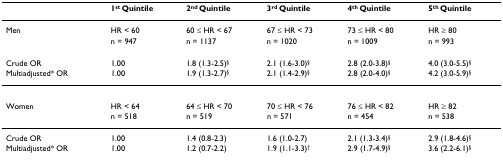
|  | 1st Quintile | 2nd Quintile | 3rd Quintile | 4th Quintile | 5th Quintile |
 | --- | --- | --- | --- | --- | --- |
 | Men | HR < 60 | 60 ≤ HR < 67 | 67 ≤ HR < 73 | 73 ≤ HR < 80 | HR ≥ 80 |
 |  | n = 947 | n = 1137 | n = 1020 | n = 1009 | n = 993 |
 | Crude OR | 1.00 | 1.8 (1.3-2.5)§ | 2.1 (1.6-3.0)§ | 2.8 (2.0-3.8)§ | 4.0 (3.0-5.5)§ |
 | Multiadjusted* OR | 1.00 | 1.9 (1.3-2.7)§ | 2.1 (1.4-2.9)§ | 2.8 (2.0-4.0)§ | 4.2 (3.0-5.9)§ |
 | Women | HR < 64 | 64 ≤ HR < 70 | 70 ≤ HR < 76 | 76 ≤ HR < 82 | HR ≥ 82 |
 |  | n = 518 | n = 519 | n = 571 | n = 454 | n = 538 |
 | Crude OR | 1.00 | 1.4 (0.8-2.3) | 1.6 (1.0-2.7) | 2.1 (1.3-3.4)§ | 2.9 (1.8-4.6)§ |
 | Multiadjusted* OR | 1.00 | 1.2 (0.7-2.2) | 1.9 (1.1-3.3)† | 2.9 (1.7-4.9)§ | 3.6 (2.2-6.1)§ |